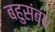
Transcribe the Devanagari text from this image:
बहुसंबंध